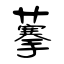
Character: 藆